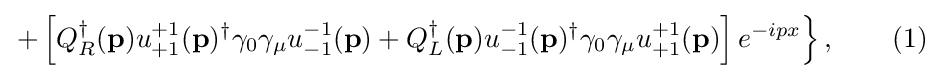
\left.+\left[Q_{R}^{\dagger }(\mathbf {p} )u_{+1}^{+1}(\mathbf {p} )^{\dagger }\gamma _{0}\gamma _{\mu }u_{-1}^{-1}(\mathbf {p} )+Q_{L}^{\dagger }(\mathbf {p} )u_{-1}^{-1}(\mathbf {p} )^{\dagger }\gamma _{0}\gamma _{\mu }u_{+1}^{+1}(\mathbf {p} )\right]e^{-ipx}\right\},\quad \quad (1)